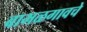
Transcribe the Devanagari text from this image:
बाभळगावचे